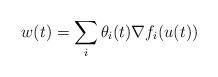
LaTeX: \begin{align*}w(t)= \sum_i \theta_i(t) \nabla f_i(u(t))\end{align*}